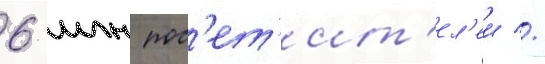
6 млн пос'ет'ит'ел'еи //